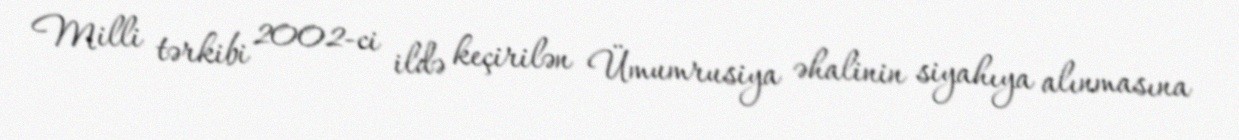
Milli tərkibi 2002-ci ildə keçirilən Ümumrusiya əhalinin siyahıya alınmasına